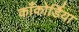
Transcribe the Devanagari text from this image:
काँकोर्डिया